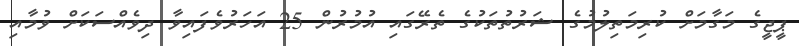
ޕީޖީގެ މަގާމަށް ކުރިމަތިލުމުގެ ޝަރުތުތަކުގެ ތެރޭގައި އުމުރުން 25 އަހަރުވެފައިވާ ދިވެއްސަކަށް ވުމާއި